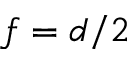
f = d / 2